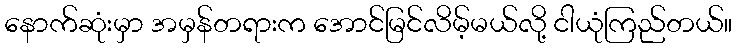
နောက်ဆုံးမှာ အမှန်တရားက အောင်မြင်လိမ့်မယ်လို့ ငါယုံကြည်တယ်။